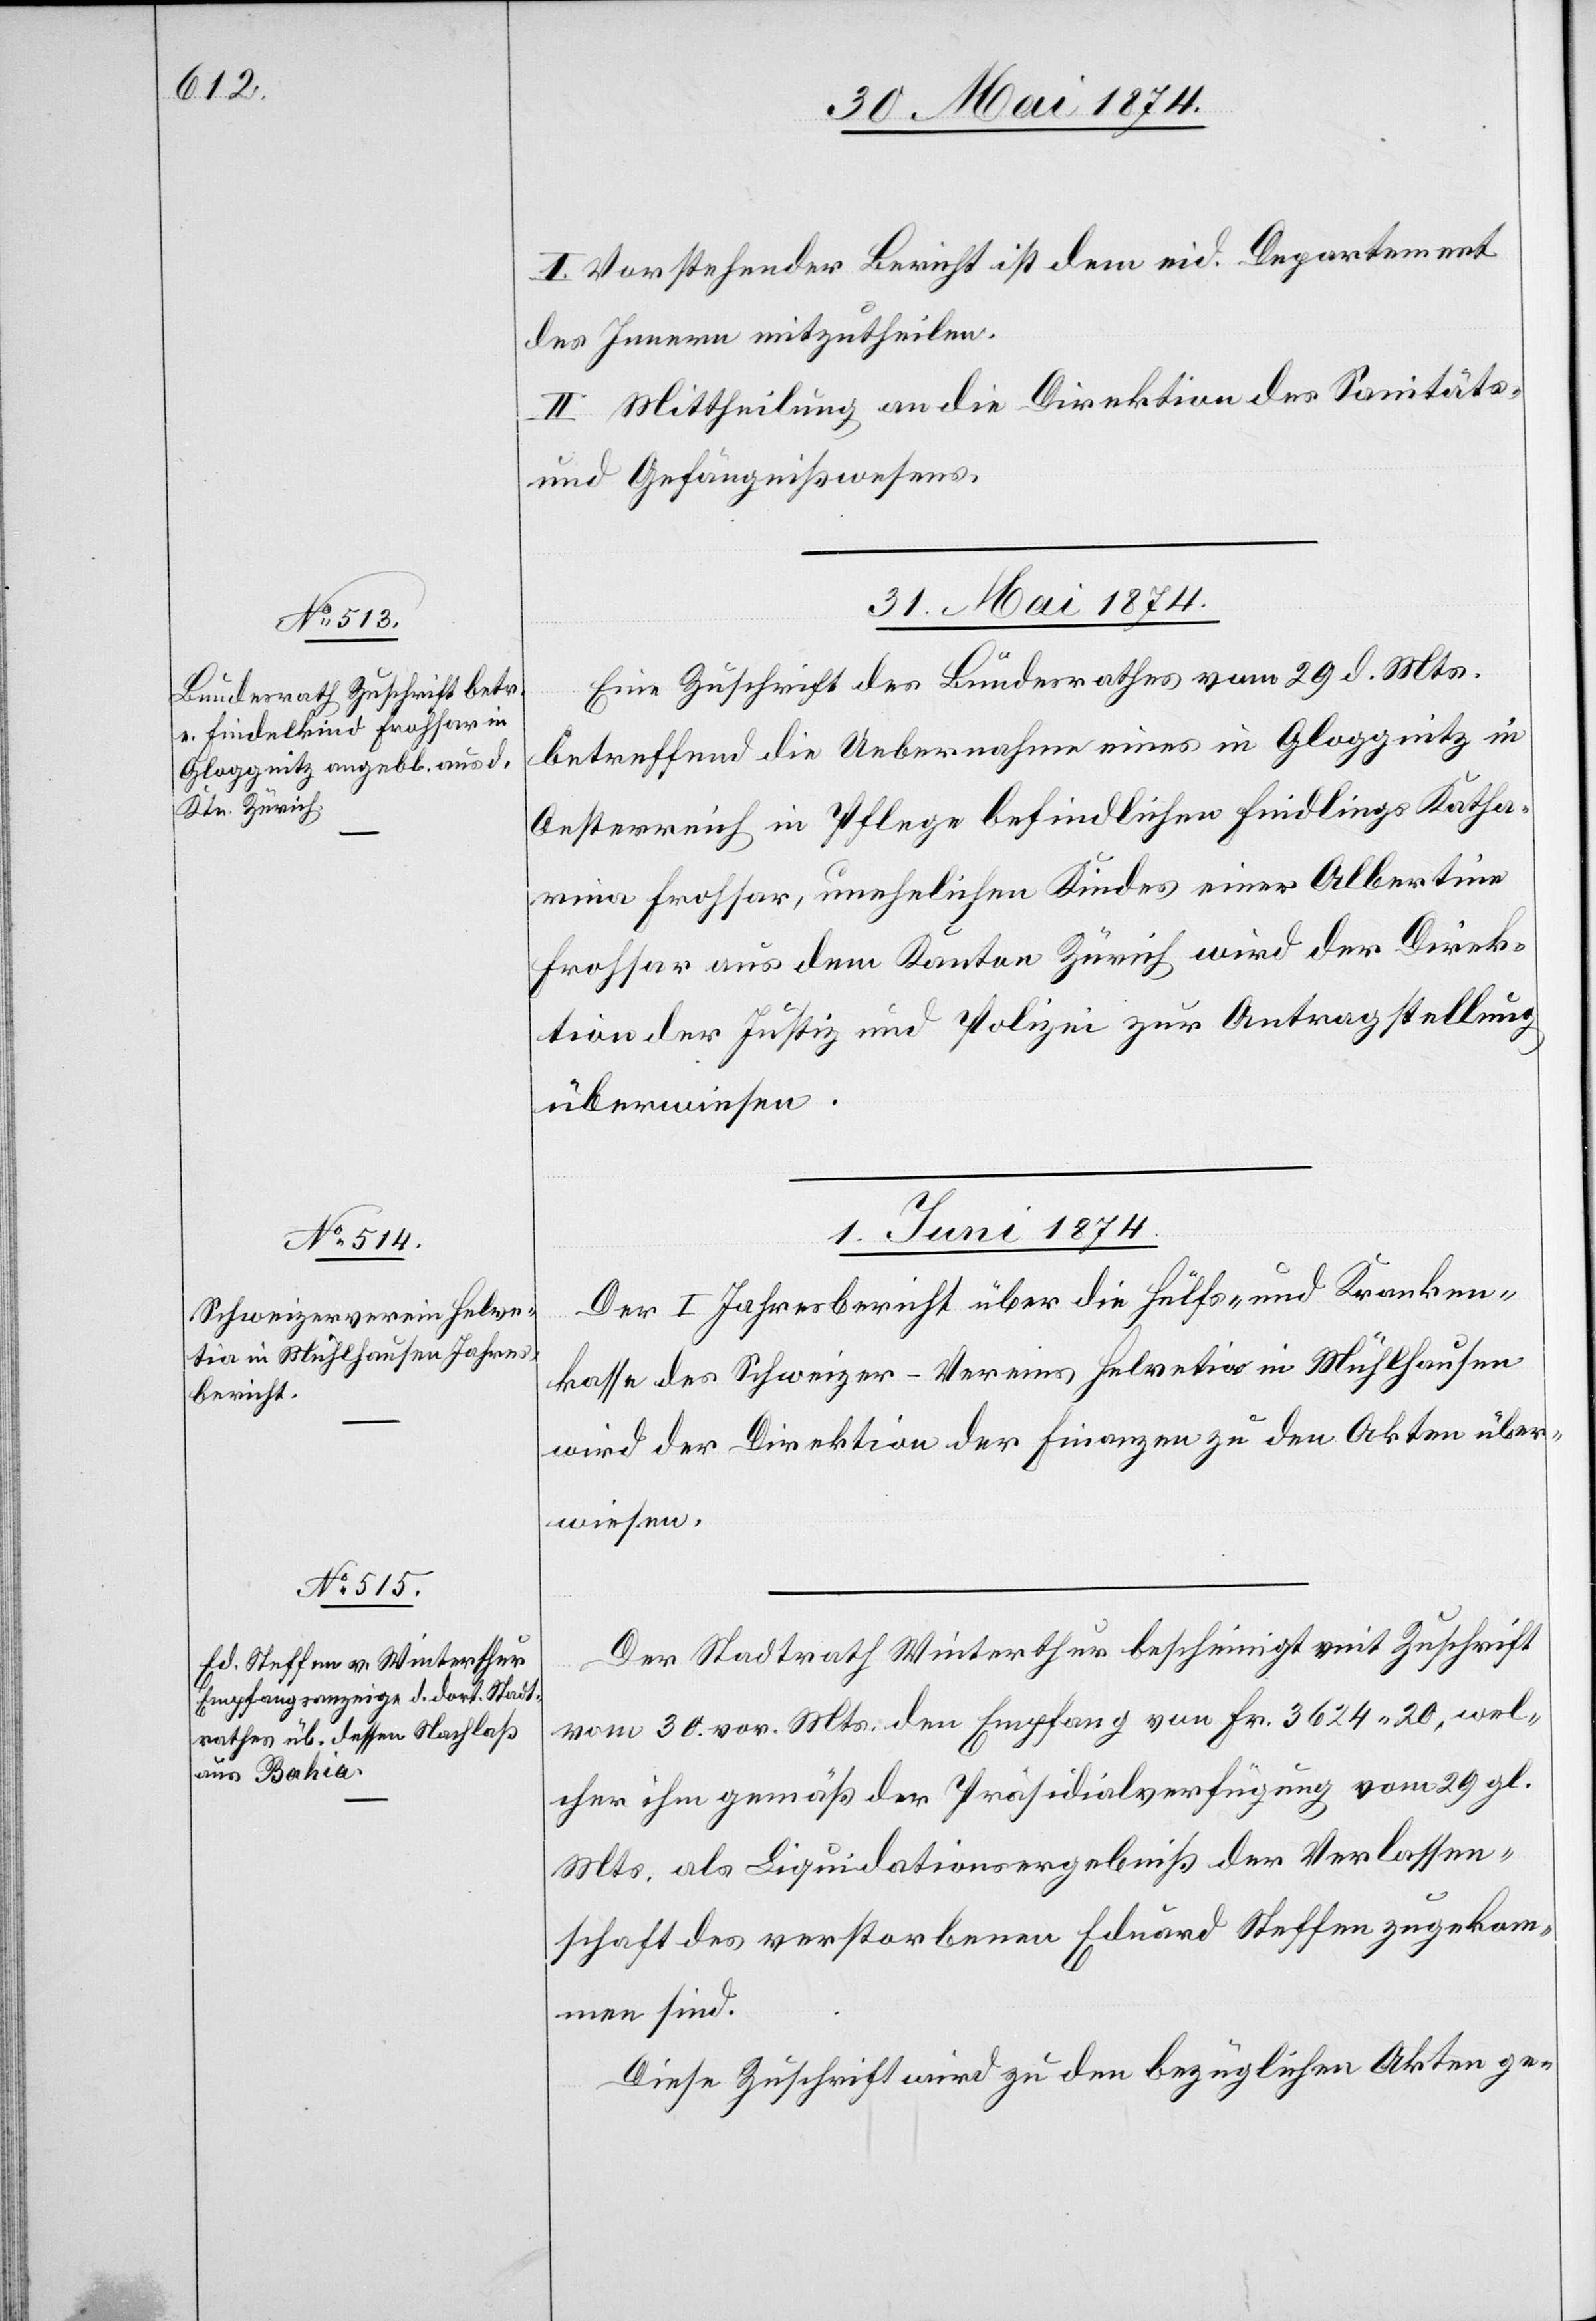
I. Vorstehender Bericht ist dem eid. Departement
des Innern mitzutheilen.
II. Mittheilung an die Direktion des Sanitäts-
und Gefängnißwesens.
31. Mai 1874.
Eine Zuschrift des Bundesrathes vom 29. d. Mts.
betreffend die Uebernahme eines in Gloggnitz in
Oesterreich in Pflege befindlichen Findlings Katha¬
rina Frohsar, unehelichen Kindes einer Albertina
Frohsar aus dem Kanton Zürich wird der Direk¬
tion der Justiz und Polizei zur Antragstellung
überweisen.
1. Juni 1874.]
Der I. Jahresbericht über die Hülfs- und Kranken¬
kasse des Schweizer-Vereins Helvetia in Mühlhausen
wird der Direktion der Finanzen zu den Akten über¬
wiesen.
Der Stadtrath Winterthur bescheinigt mit Zuschrift
vom 30. vor. Mts. den Empfang von Fr. 3624.20, wel¬
cher ihm gemäß der Präsidialverfügung vom 29. gl.
Mts. als Liquidationsergebniß der Verlassen¬
schaft des verstorbenen Eduard Steffen zugekom¬
men sind.
Diese Zuschrift wird zu den bezüglichen Akten ge-